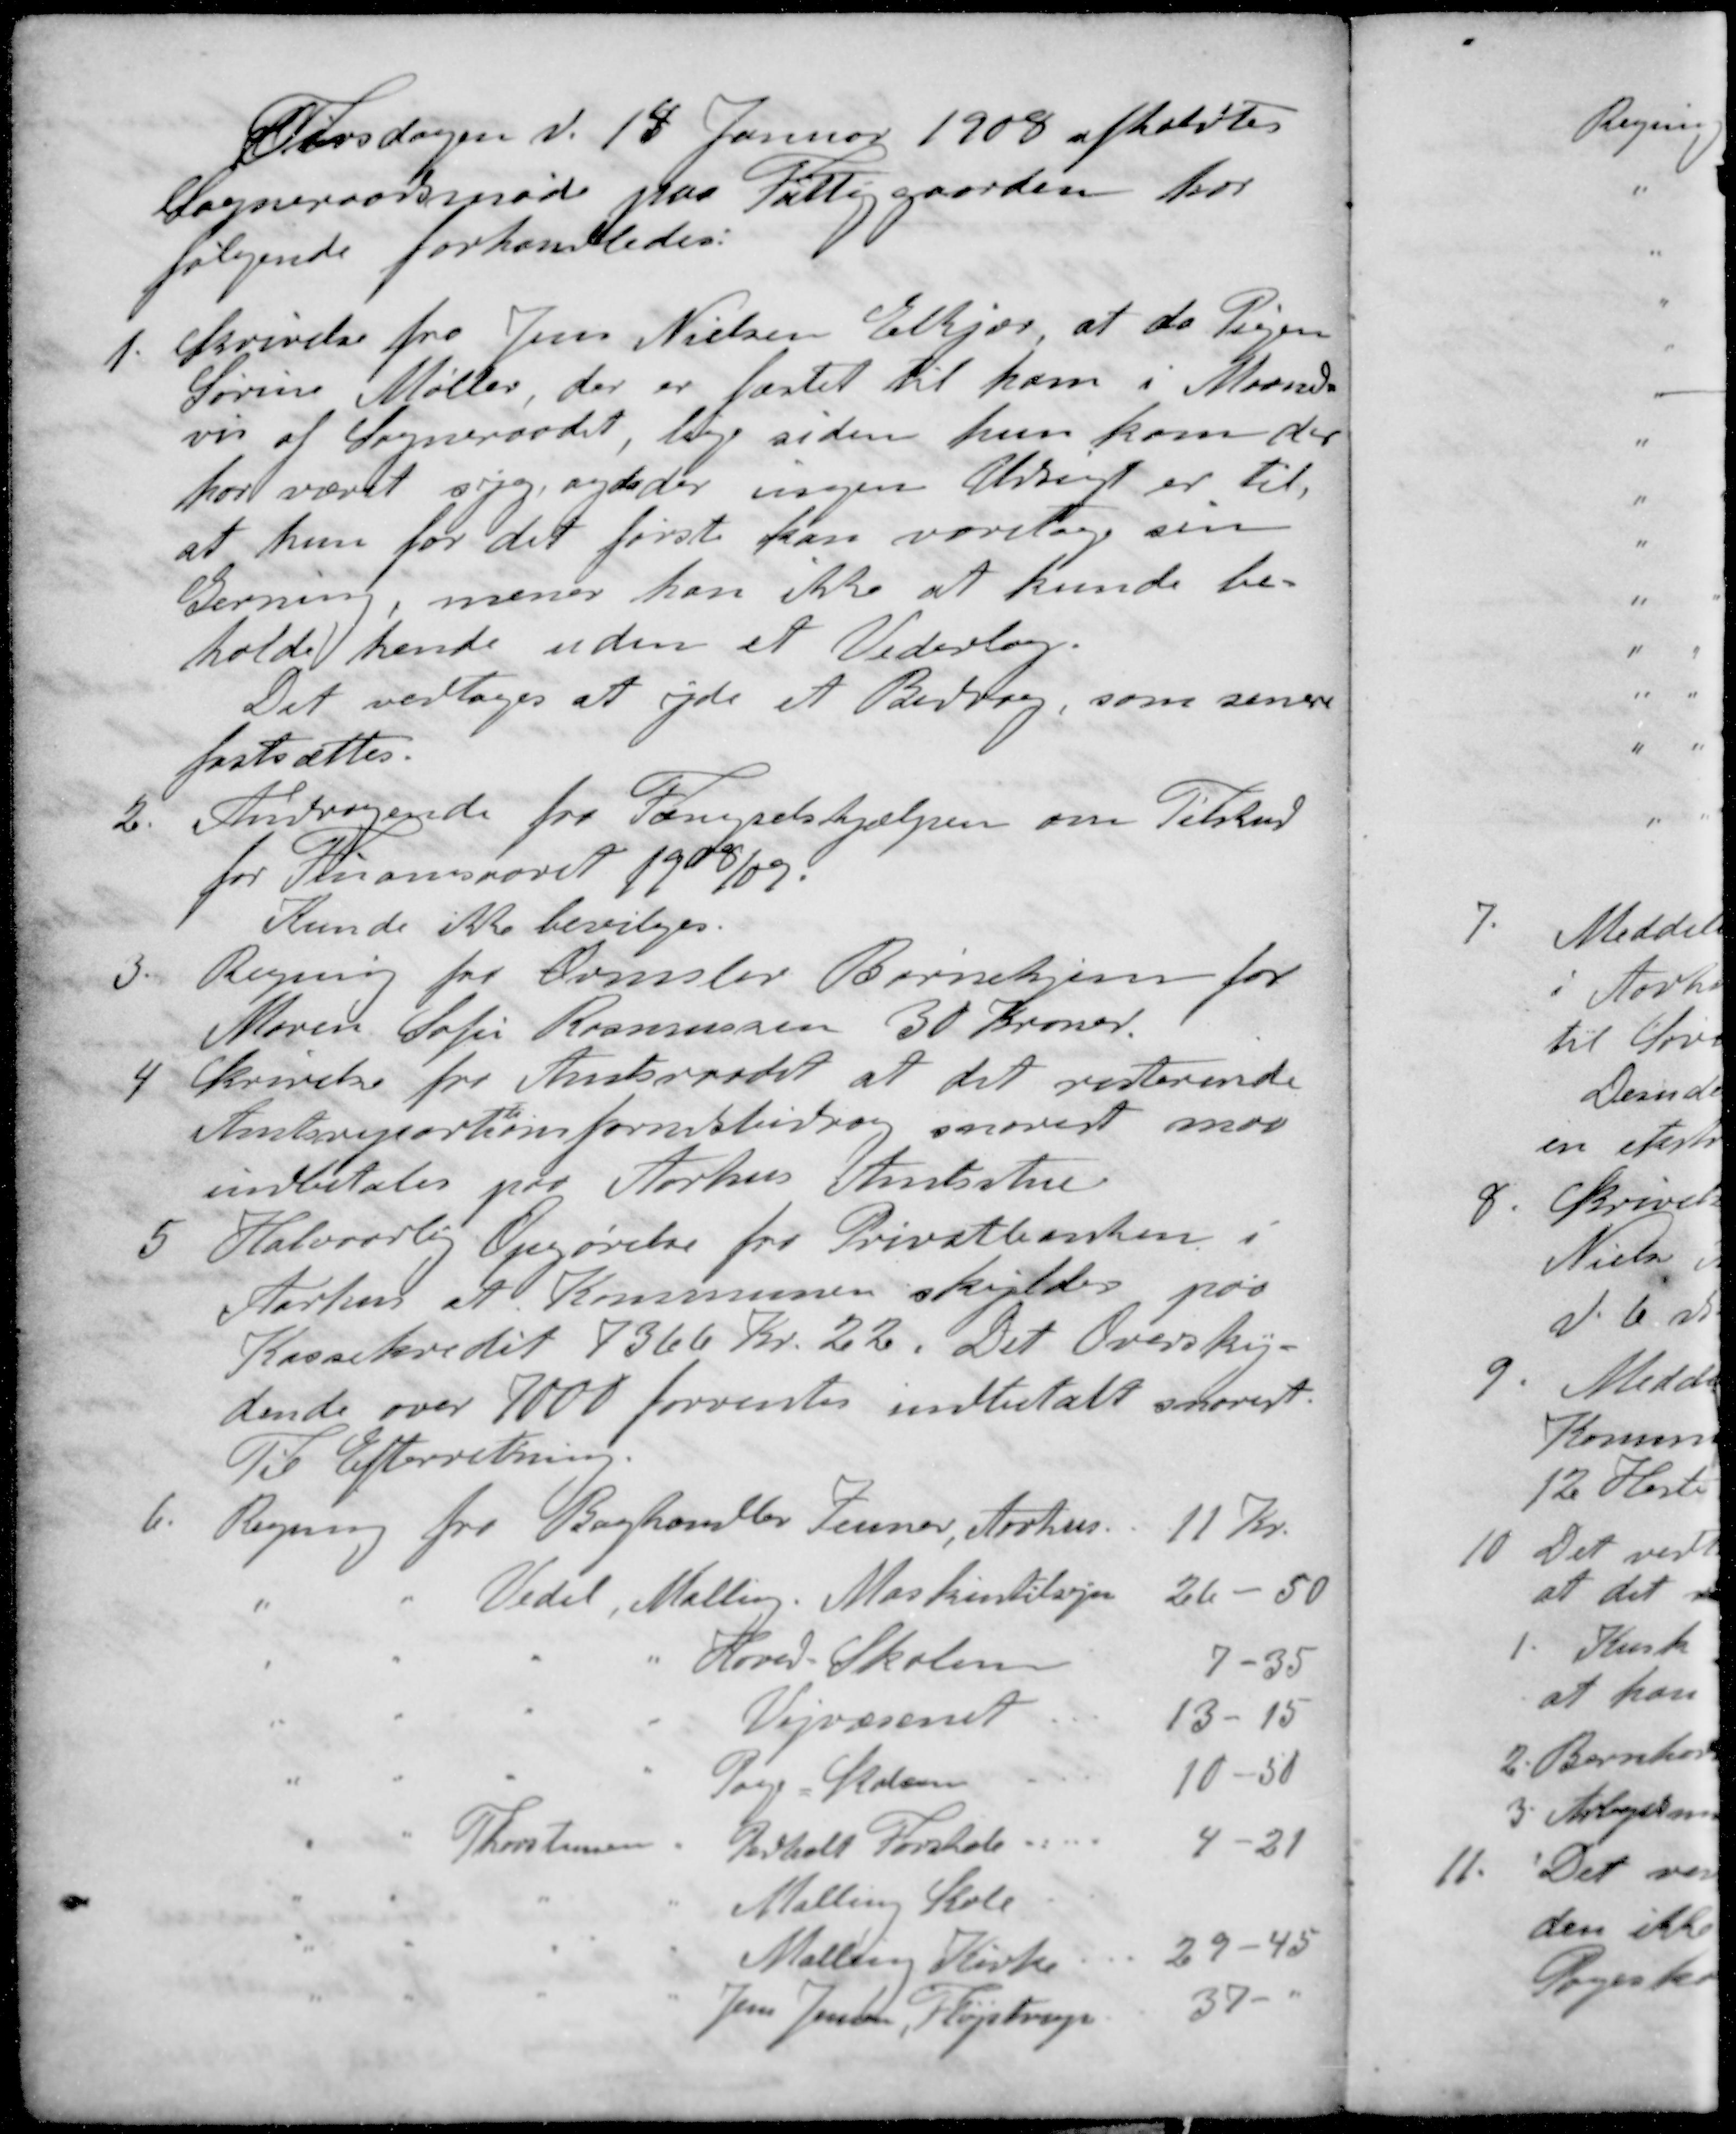
Transskription:
Tirsdagen d. 18 Januar 1908 afholdtes
Sogneraadsmøde paa Fattigaarden hvor
følgende forhandledes:
1. Skrivelse fra Jens Nielsen Elkjær at da Pigen
Sørine Møller, der er fæstet til ham i Maaneds-
vis af Sogneraadet, lige siden hun kom der
har været syg og da der ingen Udsigt er til
at hun for det første kan varetage sin
Gerning, mener han ikke at kunde be-
holde hende uden et Vederlag.
Det vedtoges at yde et Bidrag, som senere
fastsættes.
2. Andragende fra Fængselshjælpen om Tilskud
for Finansaaret 1908/09.
Kunde ikke bevilges.
3. Regning for Ormslev Børnehjem for
Maren Sofie Rasmussen 30 Kroner.
4 Skrivelse fra Amtsraadet at det resterende
Amtsrepartitionsfordsbidrag snarest maa
indbetales paa Aarhus Amtsstue
5 Halvaarlig Opgørelse fra Privatbanten i
Aarhus at Kommunen skyldes paa
Kassekredit 7366 Kr. 22. Det Oversky-
dende over 7000 forventes indbetalt snarest.
Til Efterretning.
6. Regning fra Boghandler Zeuner, Aarhus 11 Kr.
" " Vedel, Malling. Maskintilsyn 26 - 50
" " " " Hoved Skolen 7-35
" " " " Vejvæsenet 13 - 15
" " " " Poge-Skolen 10-50
" " Thorstensen " Pedholt Forskole. 4-21
" " " " Malling Skole
" " " " Malling Kirke 29-45
" " " " Jens Jensen, Fløjstrup 3